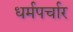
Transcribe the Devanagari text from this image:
धर्मपर्चार